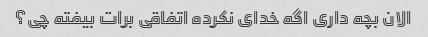
الان بچه داری اگه خدای نکرده اتفاقی برات بیفته چی؟